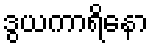
ဒွယကာရိနော